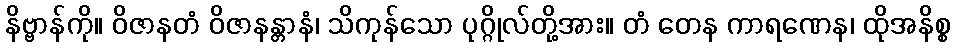
နိဗ္ဗာန်ကို။ ဝိဇာနတံ ဝိဇာနန္တာနံ၊ သိကုန်သော ပုဂ္ဂိုလ်တို့အား။ တံ တေန ကာရဏေန၊ ထိုအနိစ္စ